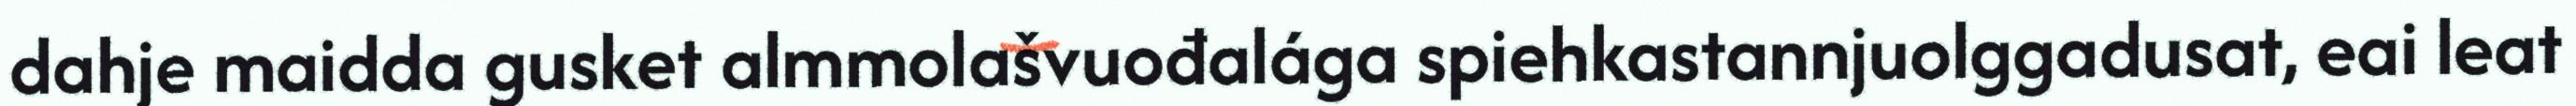
dahje maidda gusket almmolašvuođalága spiehkastannjuolggadusat, eai leat